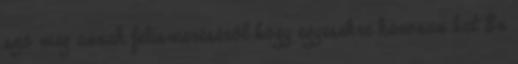
szó meg annak felismeréséről hogy egyesekre károsan hat Én